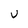
Character: V